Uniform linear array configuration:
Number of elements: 4
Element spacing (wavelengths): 1
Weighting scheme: blackman
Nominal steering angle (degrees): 30
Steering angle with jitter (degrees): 31.577
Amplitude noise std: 0.05
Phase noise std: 0.05

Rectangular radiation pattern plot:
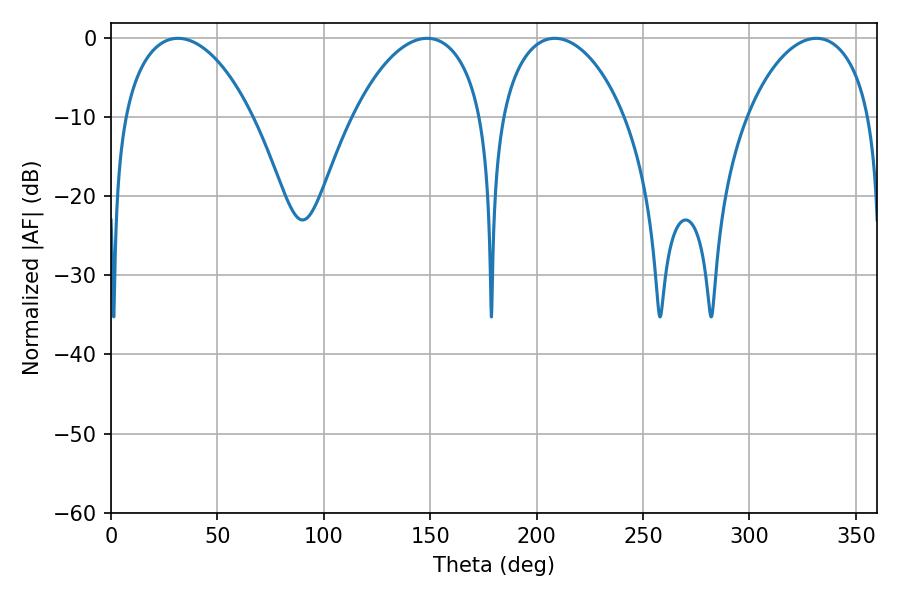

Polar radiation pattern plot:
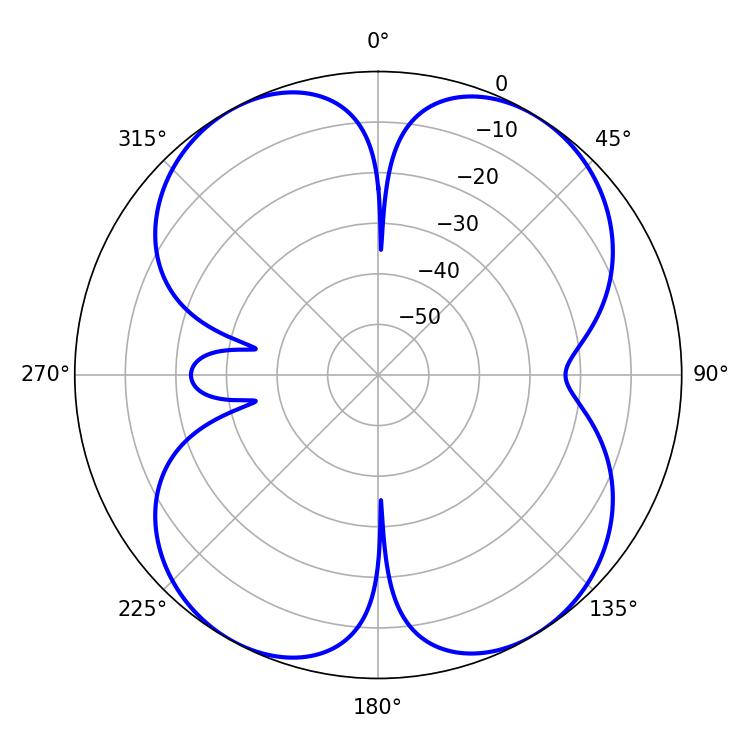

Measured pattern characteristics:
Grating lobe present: TRUE
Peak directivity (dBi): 13.392
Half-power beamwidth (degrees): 34.56
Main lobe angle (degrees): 31.5